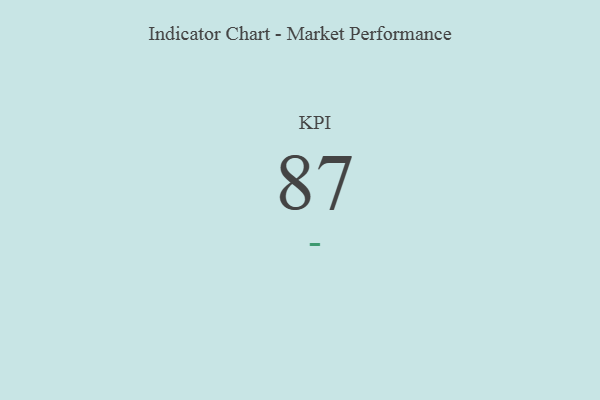
{"axis": {"x": "KPI", "y": "Value"}, "legend": [""], "data": [{"x": "KPI", "y": 87, "type": ""}]}